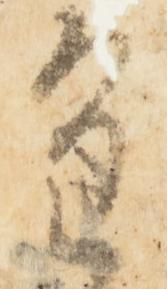
逢